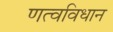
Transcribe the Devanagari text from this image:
णत्वविधान